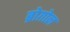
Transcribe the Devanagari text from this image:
ब्रोग़ोल